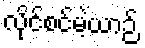
လိုင်စင်မဲ့ယာဉ်